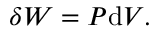
\delta W = P \mathrm { d } V .